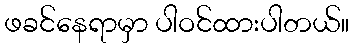
ဖခင်နေရာမှာ ပါဝင်ထားပါတယ်။